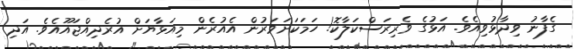
ގެފާނު ވިދާޅުވިއެވެ. އަޅުގެ ވެރިރަސްކަލާކޮ! ހަމަކަށަވަރުން އެއުރެން މިއަޅާޔަށް އުރެދިއްޖައޫއެވެ. އަދި